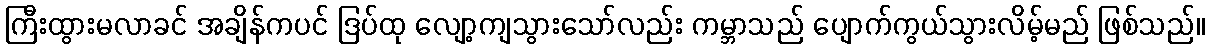
ကြီးထွားမလာခင် အချိန်ကပင် ဒြပ်ထု လျော့ကျသွားသော်လည်း ကမ္ဘာသည် ပျောက်ကွယ်သွားလိမ့်မည် ဖြစ်သည်။